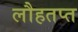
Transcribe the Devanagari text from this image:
लौहतप्त